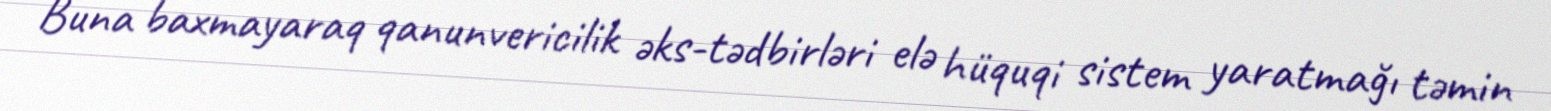
Buna baxmayaraq qanunvericilik əks-tədbirləri elə hüquqi sistem yaratmağı təmin